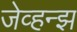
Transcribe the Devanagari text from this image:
जेव्हन्झ